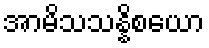
အာမိသသန္နိစယော